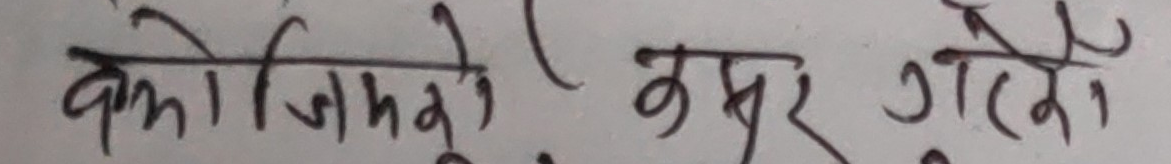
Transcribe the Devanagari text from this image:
क को जिम्मेवारी कसुर गरियो